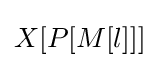
X[P[M[l]]]